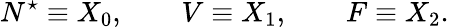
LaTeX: N^{\star}\equiv X_{0},\qquad V\equiv X_{1},\qquad F\equiv X_{2}.